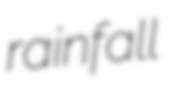
rainfall